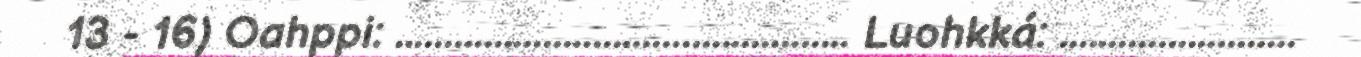
13 - 16) Oahppi: .............................................. Luohkká: ........................